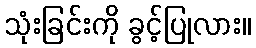
သုံးခြင်းကို ခွင့်ပြုလား။